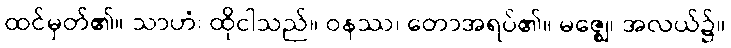
ထင်မှတ်၏။ သာဟံ၊ ထိုငါသည်။ ဝနဿ၊ တောအရပ်၏။ မဇ္ဈေ၊ အလယ်၌။